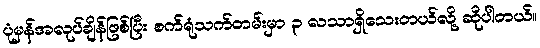
ပုံမှန်အလုပ်ချိန်ဖြစ်ပြီး စက်ရုံသက်တမ်းမှာ ၃ လသာရှိသေးတယ်လို့ ဆိုပါတယ်။